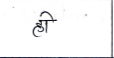
मजकूर: हो